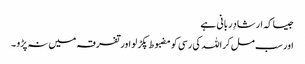
جیسا کہ ارشادِربانی ہے
اور سب مل کر اللہ کی رسی کو مضبوط پکڑ لو اور تفرقہ میں نہ پڑو ۔